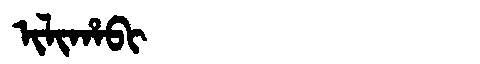
Manchu: ᡳᠯᡳᡥᠠᠪᡳ
Romanization: ILIHABI